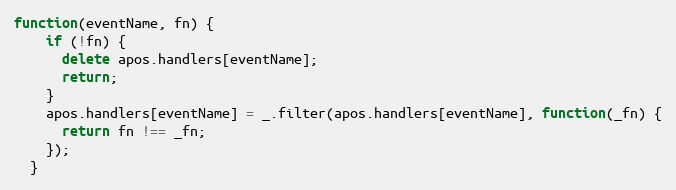
Language: JavaScript
function(eventName, fn) {
    if (!fn) {
      delete apos.handlers[eventName];
      return;
    }
    apos.handlers[eventName] = _.filter(apos.handlers[eventName], function(_fn) {
      return fn !== _fn;
    });
  }